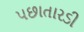
પછાતારડી